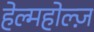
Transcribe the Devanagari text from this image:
हेल्महोल्ज़